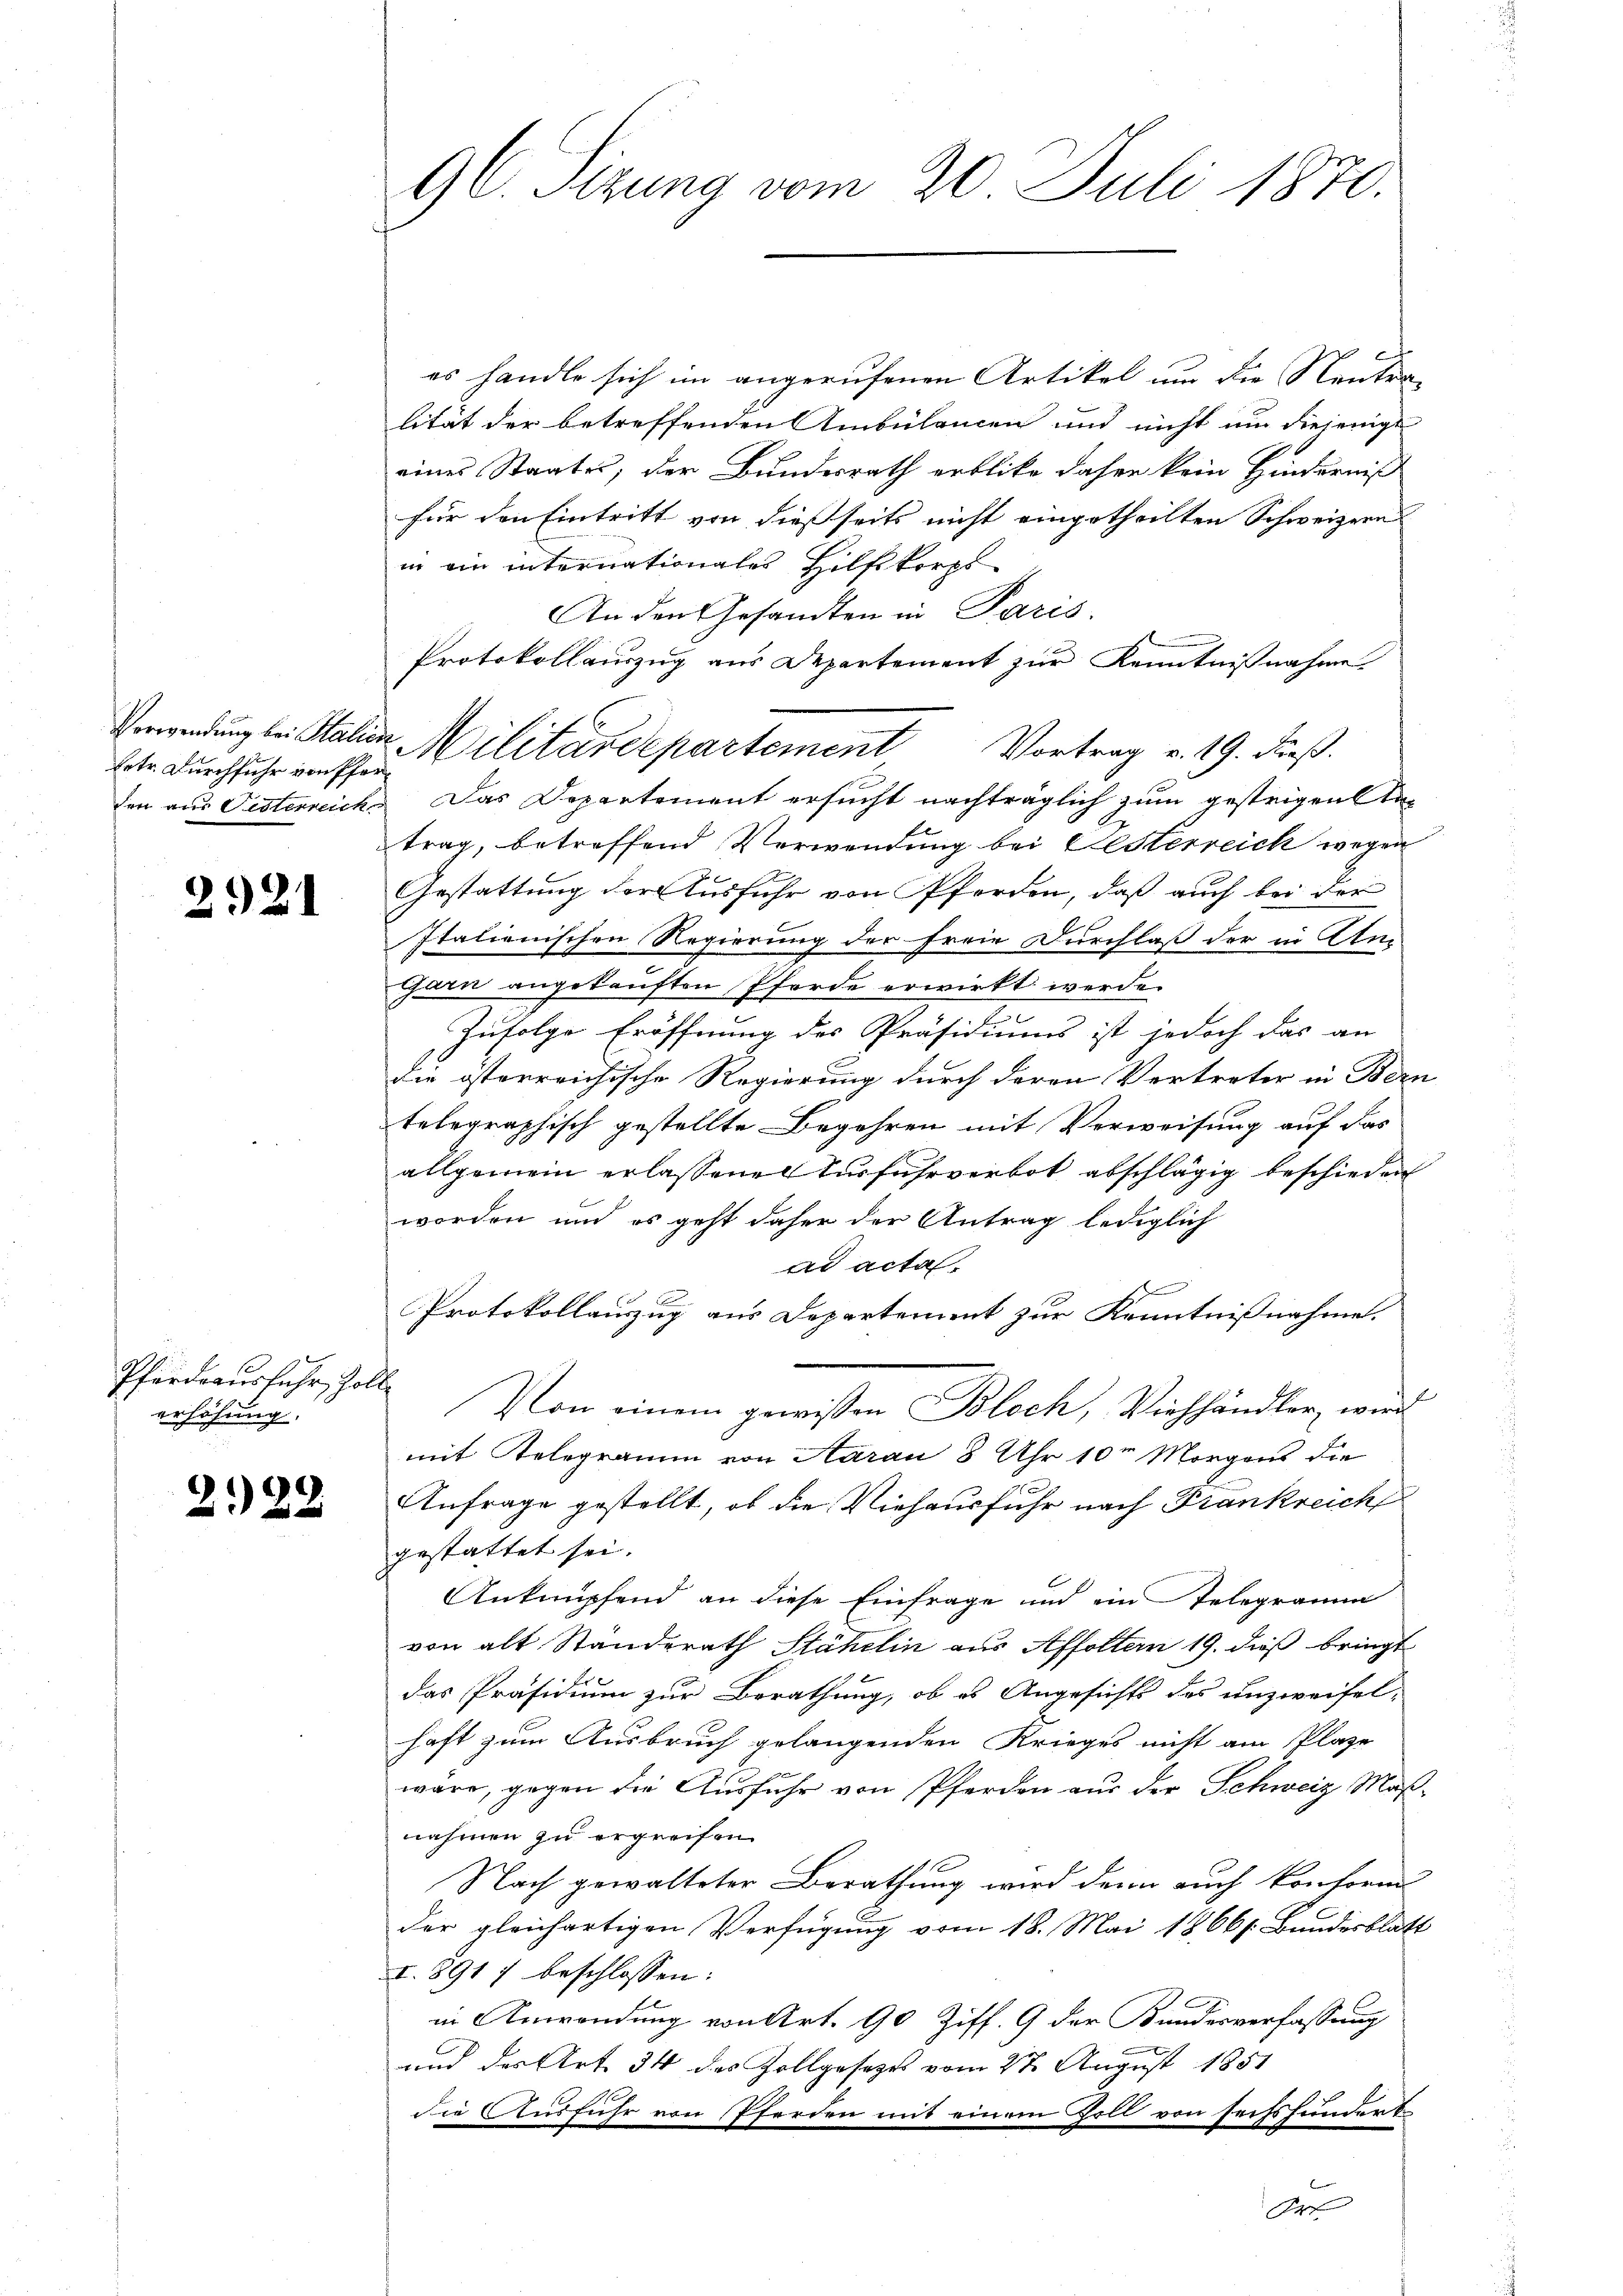
Eetr. Durchfuhr von Pfer¬

2921

Pfärdrausfuhr, Zoll
erhöhung.

2122

9C. Sizung vom 20. Juli 1870.

es handle sich im angerufenen Artikel um die Neutralität der betreffenden Ambülancen und nicht um diejenigs
eines Staates, der Bundesrath erblicke daher kein Hinderniß
für den Eintritt von dießseits nicht eingetheilten Schweizern
in ein internationales Hilfskorps
An den Gesandten in Paris.
Protokollauszug aus Departement zur Kenntnißnahme.
Verwendung sei Station Militärdepartement Vortrag v. 19. dieß.
den aus Festerreich. Das Departement ersucht nachträglich zum gestrigente
trag, betreffend Verwendung bei Festerreich wegen
Gestattung der Ausfuhr von Pferden, daß auch bei der
Italienischen Regierung der freie Durchlaß der in Am
Garn angekauften Pferde erwirkt werde.
2
Zufolge Eröffnung des Präsidiums ist jedoch das an
die österreichische Regierung durch deren Vertreter in Bern
telegraphisch gestellte Begehren mit Verweisung auf das
allgemein erlassener Zufuhrverbot abschlägig beschieden
worden und es geht daher der Antrag lediglich
ad acta.
Protokollauszug aus Departement zur Kenntnißnahme.
Von einem gewissen Bloch, Viehhändler, wird
mit Telegramm von Aarau 8 Uhr 10 Morgens die
Anfrage gestellt, ob die Viehausfuhr nach Frankreich
gestattet sei.
Anknüpfend an diese Einfrage und ein Telegrama
von alt Ständerath Stähelin aus Affoltern 19. dieß bringt
das Präsidium zur Berathung, ob es Angesichts des unzweifel-
haft zum Ausbruch gelangenden Krieges nicht am Plaze
wäre, gegen die Ausfuhr von Pferden aus der Schweiz Maßnahmen zu ergreifen
Nach gewalteter Berathung wird denn auch Conform
der gleichartigen Verfügung vom 18. Mai 1866/. Bundesblatt
I. 8917 beschlossen:
in Anwendung von Art. 90 Ziff. 9 der Kundesverfassung
und das Art. 34 des Zollgesetzes vom 27. August 1851
die Ausfuhr von Pferden mit einem Zoll von sechshundert
Ort